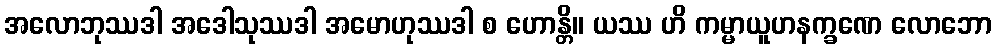
အလောဘုဿဒါ အဒေါသုဿဒါ အမောဟုဿဒါ စ ဟောန္တိ။ ယဿ ဟိ ကမ္မာယူဟနက္ခဏေ လောဘော